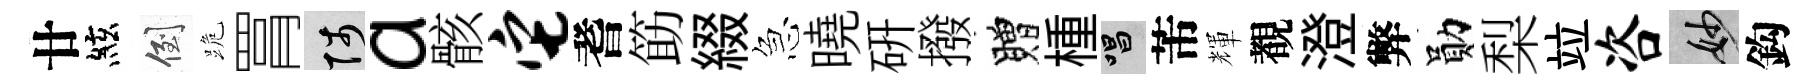
廿絃倒跪罥陟a骸它耆筯綴急曉硏撥贈㮔唱芾輝覩澄弊勛梨竝咨妙鈎